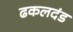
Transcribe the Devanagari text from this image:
ढकलदंड